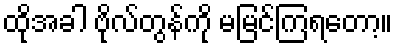
ထိုအခါ ဗိုလ်တွန်ကို မမြင်ကြရတော့။